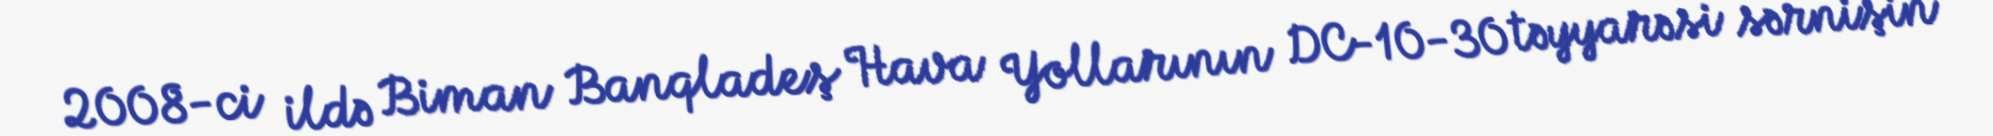
2008-ci ildə Biman Banqladeş Hava Yollarının DC-10-30 təyyarəsi sərnişin